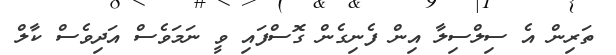
ތަރިން އެ ސިލްސިލާ އިން ފެނިގެން ގޮސްފައި ވީ ނަމަވެސް އަދިިވެސް ކާލް